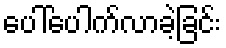
ပေါ်ပေါက်လာခဲ့ခြင်း